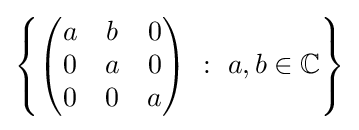
\left\{{\begin{pmatrix}a&b&0\\0&a&0\\0&0&a\end{pmatrix}}\ :\ a,b\in \mathbb {C} \right\}